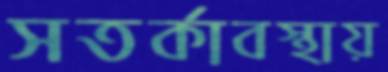
সতর্কাবস্থায়